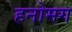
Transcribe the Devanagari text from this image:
हनोमग